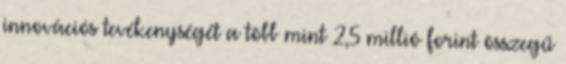
innovációs tevékenységét a több mint 2,5 millió forint összegű